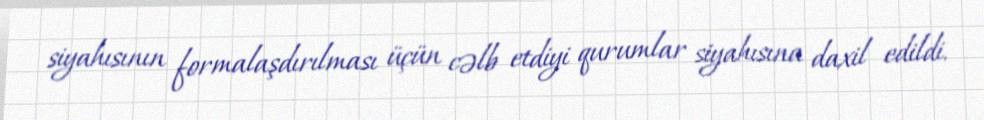
siyahısının formalaşdırılması üçün cəlb etdiyi qurumlar siyahısına daxil edildi.